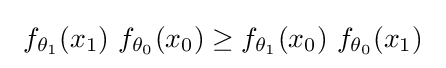
\ f_{\theta _{1}}(x_{1})\ f_{\theta _{0}}(x_{0})\geq f_{\theta _{1}}(x_{0})\ f_{\theta _{0}}(x_{1})~